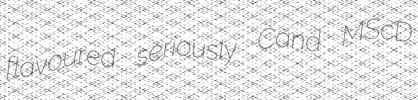
flavoured seriously Cand MScD